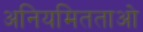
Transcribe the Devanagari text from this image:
अनियमितताओ